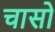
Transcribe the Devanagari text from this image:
चासो